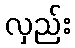
လှည်း